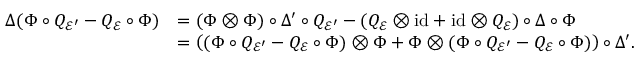
\begin{array} { r l } { \Delta ( \Phi \circ Q _ { \mathcal { E } ^ { \prime } } - Q _ { \mathcal { E } } \circ \Phi ) } & { = ( \Phi \otimes \Phi ) \circ \Delta ^ { \prime } \circ Q _ { \mathcal { E } ^ { \prime } } - ( Q _ { \mathcal { E } } \otimes \mathrm { i d } + \mathrm { i d } \otimes Q _ { \mathcal { E } } ) \circ \Delta \circ \Phi } \\ & { = \left( ( \Phi \circ Q _ { \mathcal { E } ^ { \prime } } - Q _ { \mathcal { E } } \circ \Phi ) \otimes \Phi + \Phi \otimes ( \Phi \circ Q _ { \mathcal { E } ^ { \prime } } - Q _ { \mathcal { E } } \circ \Phi ) \right) \circ \Delta ^ { \prime } . } \end{array}